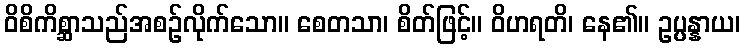
ဝိစိကိစ္ဆာသည်အစဉ်လိုက်သော။ စေတသာ၊ စိတ်ဖြင့်။ ဝိဟရတိ၊ နေ၏။ ဥပ္ပန္နာယ၊